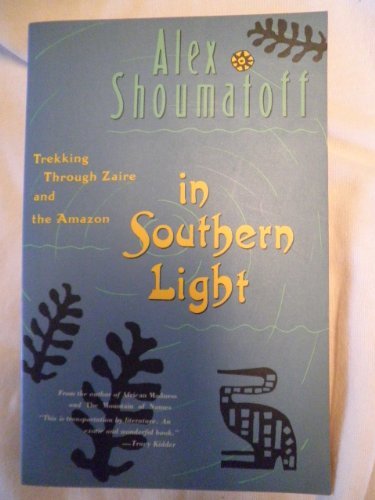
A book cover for In Southern Light; Alex Shoumatoff; Travel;